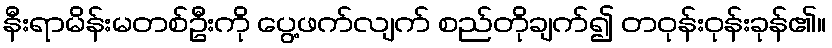
နီးရာမိန်းမတစ်ဦးကို ပွေ့ဖက်လျက် စည်တိုချက်၍ တဝုန်းဝုန်းခုန်၏။